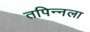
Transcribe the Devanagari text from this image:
तपिन्नला